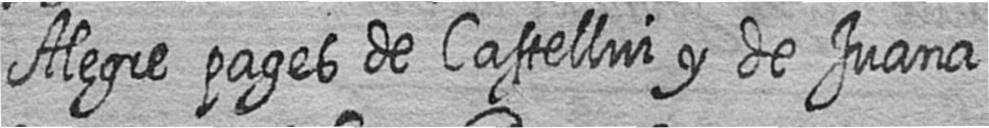
Alegre pages de Castellvi y de Juana